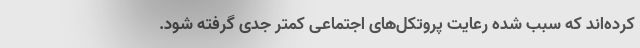
کرده‌اند که سبب شده‌ رعایت پروتکل‌های اجتماعی کمتر جدی گرفته شود.